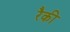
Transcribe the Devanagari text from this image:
रैकी